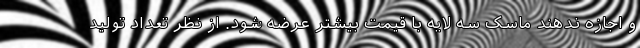
و اجازه ندهند ماسک سه لایه با قیمت بیشتر عرضه شود. از نظر تعداد تولید